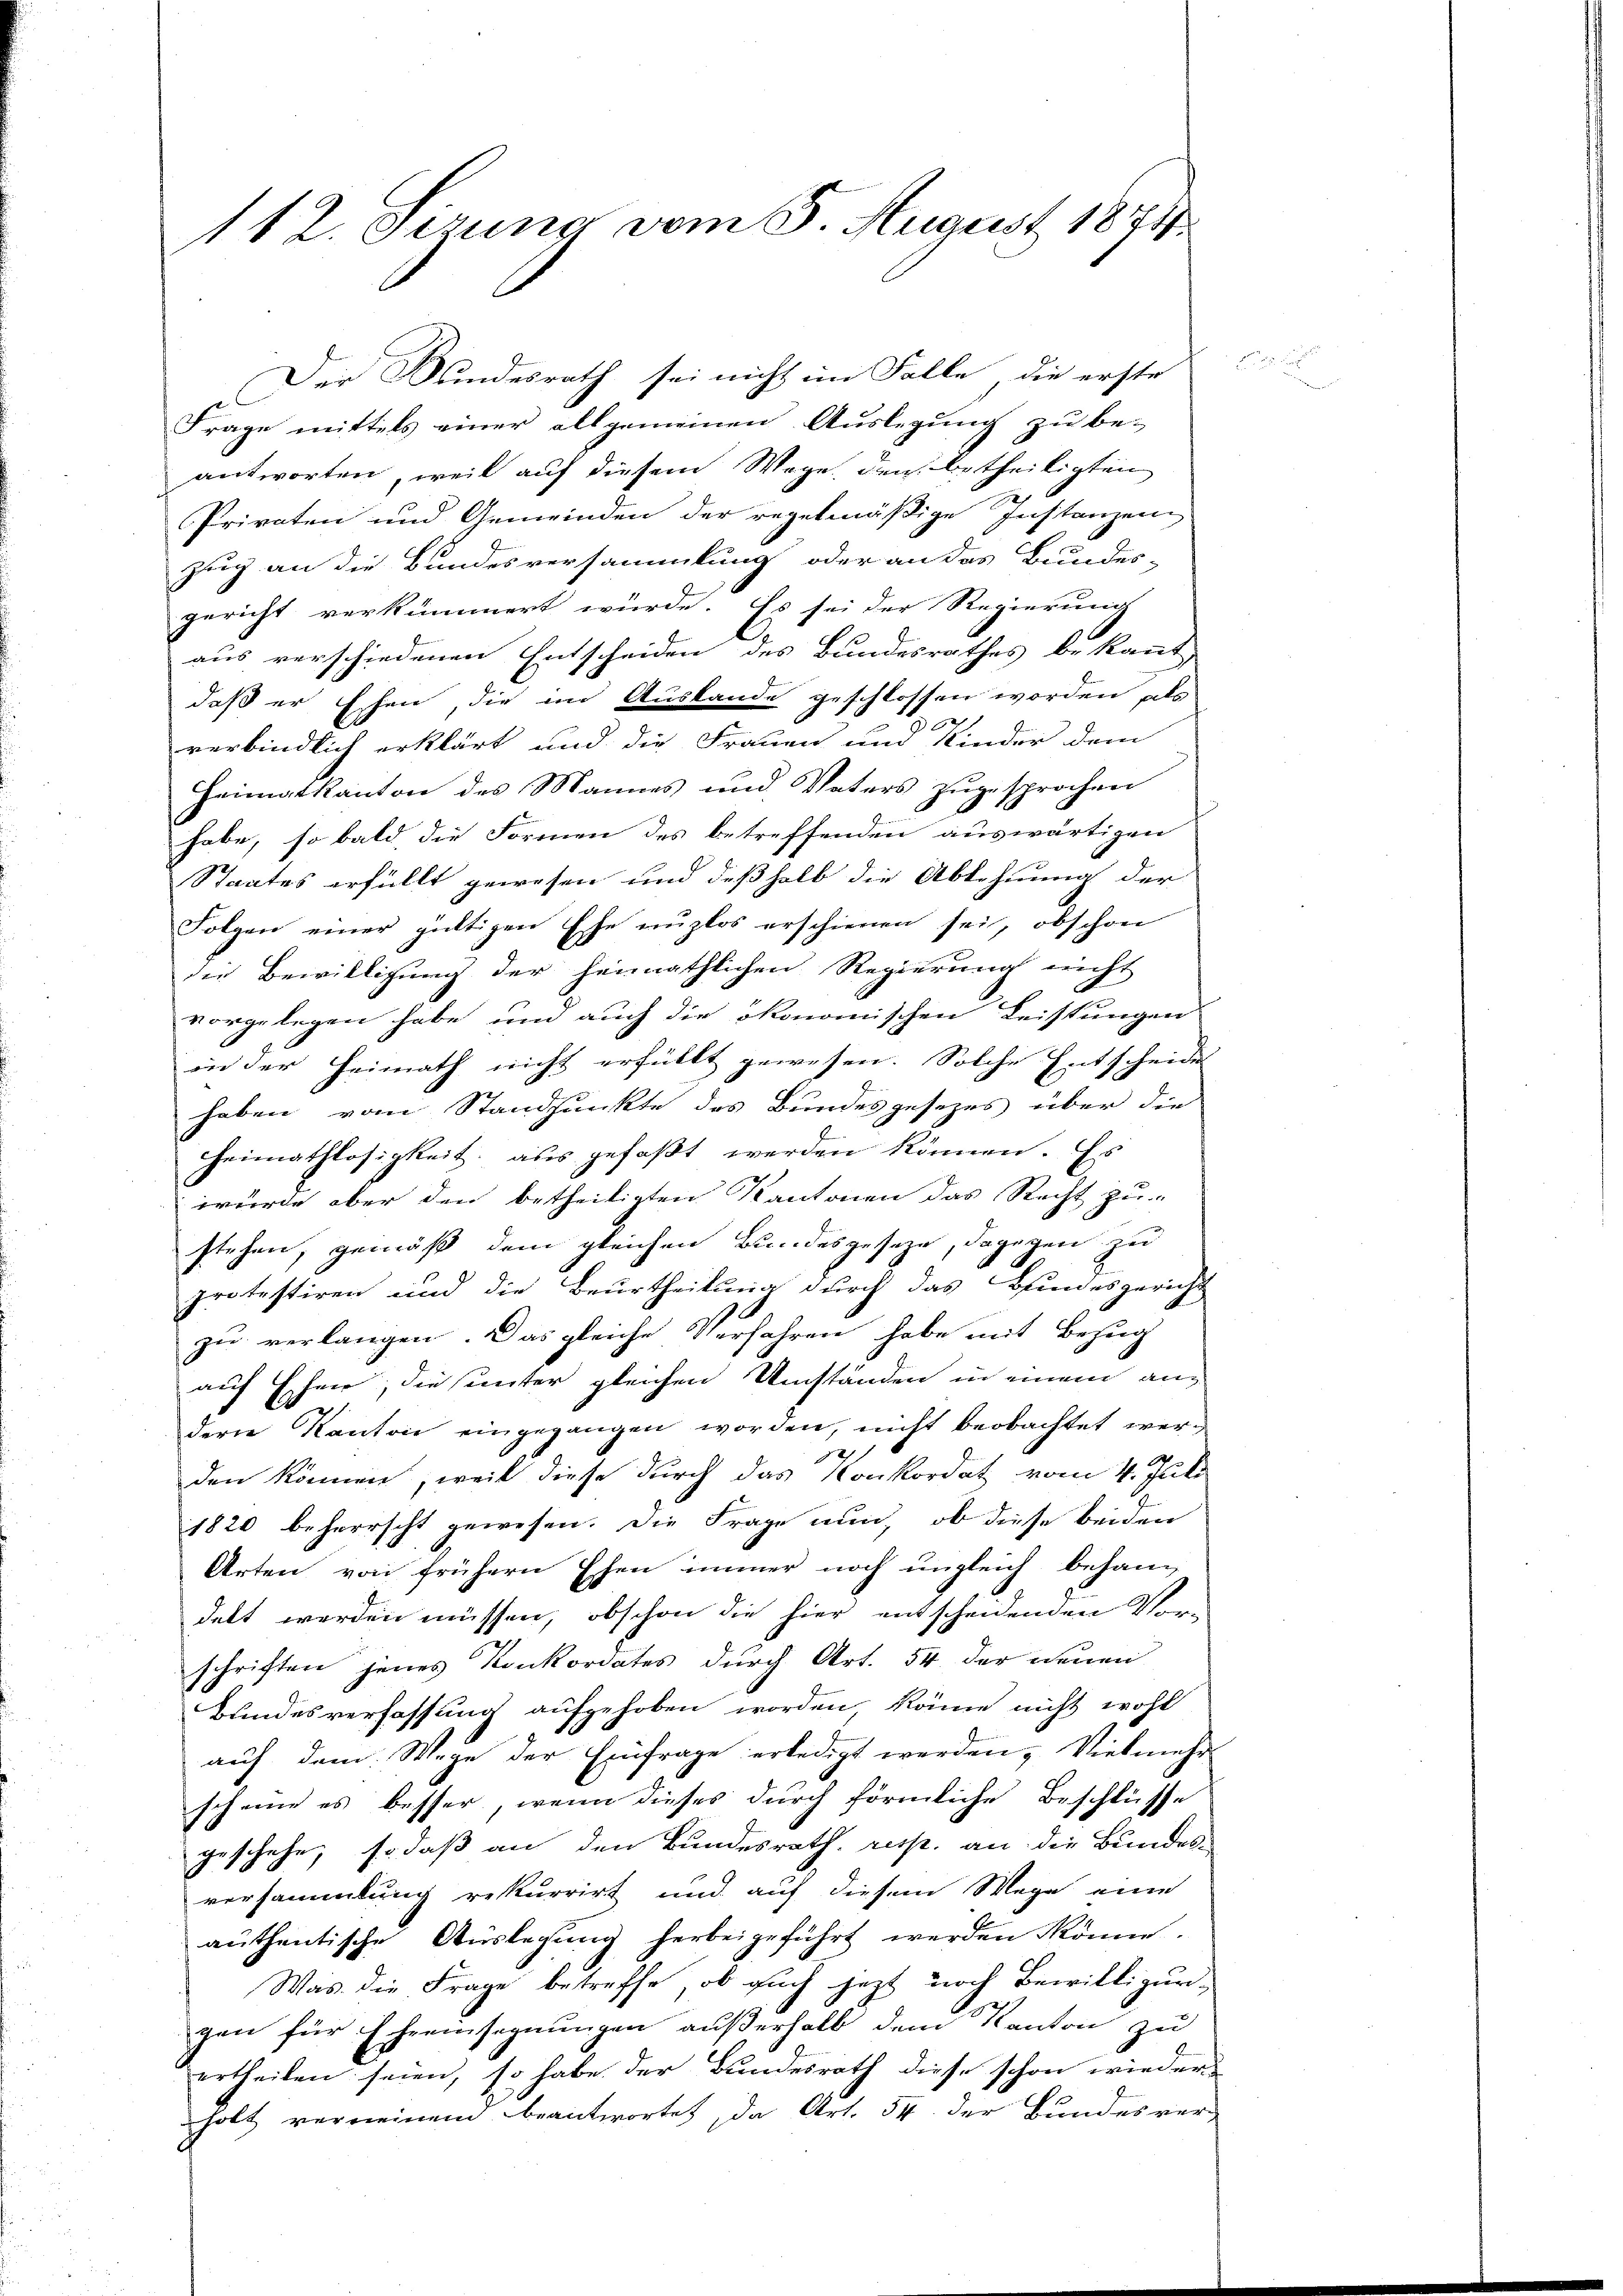
112. Jerung vom 5. August 1874

Der Bundesrath sei nicht im Falle, die erste
Frage mittels einer allgemeinen Auslegung zu be-
antworten, weil auf diesem Wege, den betheiligten
Privaten und Gemeinden der regelmäßige Instanzen
Zug an die Bundesversammlung oder an das Bundes-
gericht verkümmert würde. Es sei der Regierung
aus verschiedenen Entscheiden des Bundesrathes bekannt,
daß er Ehen die im Auslande geschlossen worden, als
e
e
verbindlich erklärt und die Frauen und Kinder dem
Heimatkanton des Mannes und Vaters zŭgesprochen
habe, so bald die Formen des betreffenden auswärtigen
Staates erfüllt gewesen und deßhalb die Ablehnung der
Folgen einer gültigen Ehe nuzlos erschienen sei, obschon
die Bewilligung der heimathlichen Regierung nicht
vorgelegen habe, und auch die ökonomischen Leistungen
in der Heimath nicht erfüllt gewesen. Solche Entscheide
haben vom Standpunkte des Bundesgesezes über die
Heimathlosigkeit, aus gefaßt werden können. Es
würde aber den betheiligten Kantonen das Recht zu
stehen, gemäß dem gleichen Bundesgesetze, dagegen zu
1
protestiren und die Beurtheilung durch das Bundesgericht
zu verlangen. Das gleiche Verfahren habe mit Bezug
auf Eheer, die unter gleichen Umständen in einem anderne Kanton eingegangen worden, nicht beobachtet werden können, weil diese durch das Konkordat vom 4. Juli
1820 beherrscht gewesen. Die Frage nun, ob diese beiden
Arten von frühern Ehen immer noch ungleich behandelt werden müssen, obschon die hier entscheidenden Vor-
schriften jenes Konkordates durch Art. 54 der neuen
Bundesverfassung aufgehoben worden, könne nicht wohl
auf dem Wege der Einfrage erledigt werden, Vielmehr
scheine es besser, wenn dieses durch förmliche Beschlüsse
geschehe, so daß an den Bundesrath, resp. an die Bundes-
versammlung rekurrirt und auf diesem Wege eine
authentische Auslegung herbeigeführt werden könne.
Was die Frage betreffe, ob auch jezt noch Bewilligungen für Eheeinsegnungen außerhalb dem Kanton zu
ertheilen seien, so habe der Bundesrath diese schon wieder-
holt verneinend beantwortet, da Art. 54 der Bundesver-